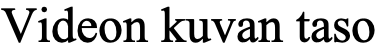
Videon kuvan taso